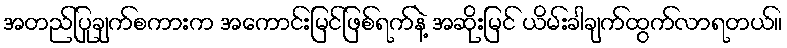
အတည်ပြုချက်စကားက အကောင်းမြင်ဖြစ်ရက်နဲ့ အဆိုးမြင် ယိမ်းခါချက်ထွက်လာရတယ်။